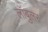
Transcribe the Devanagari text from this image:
लॉबुलर